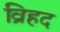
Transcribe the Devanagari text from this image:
व्रिहद